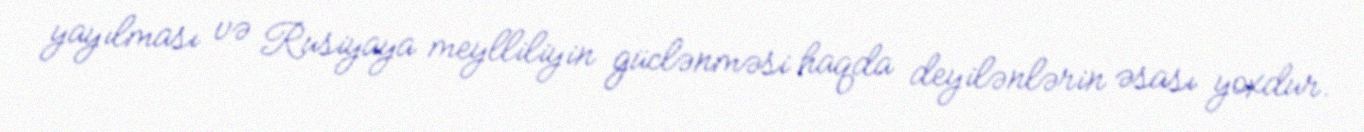
yayılması və Rusiyaya meylliliyin güclənməsi haqda deyilənlərin əsası yoxdur.